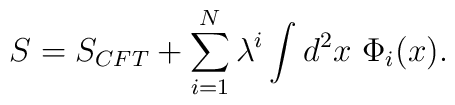
S=S_{CFT}+\sum_{i=1}^N\lambda^i \int d^2 x\ \Phi_i(x).